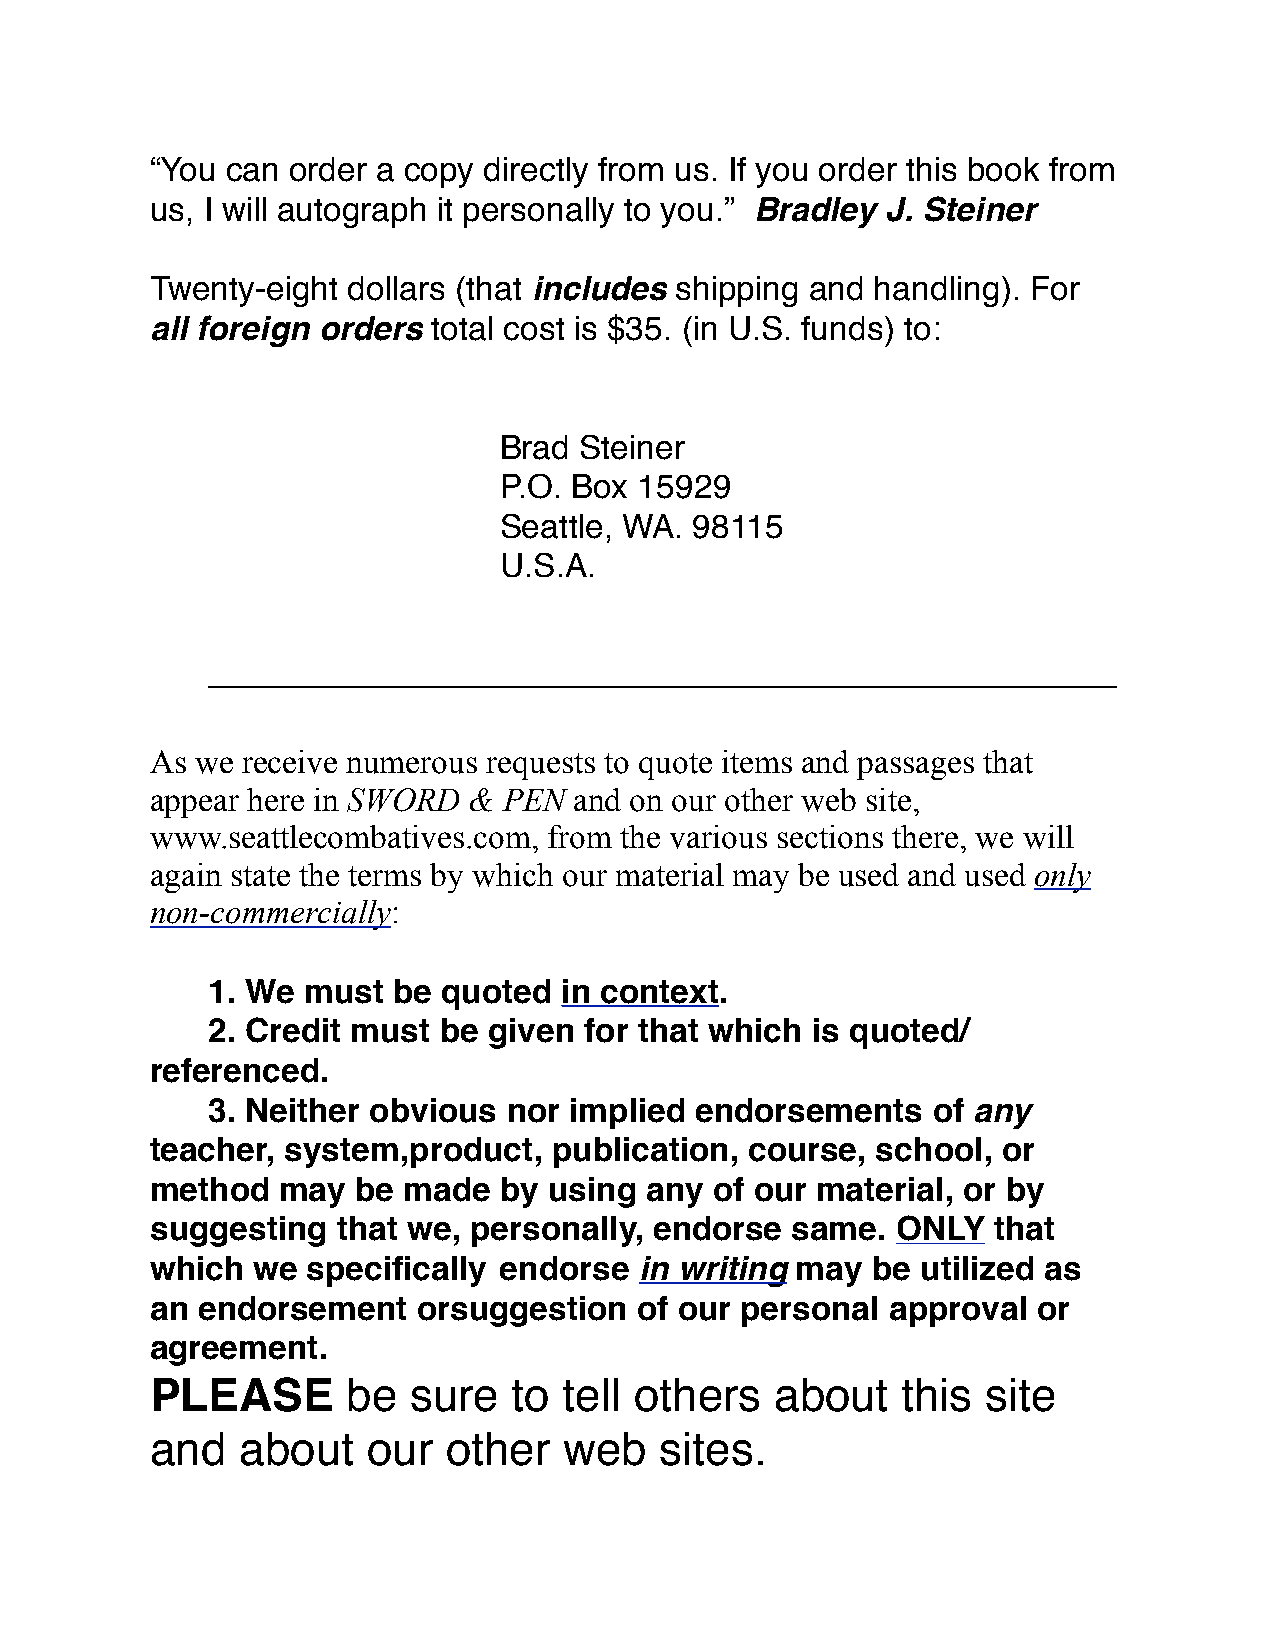
“You can order a copy directly from us. If you order this book from
 us, I will autograph it personally to you.” Bradley J. Steiner
 Twenty-eight dollars (that includes shipping and handling). For
 all foreign orders total cost is $35. (in U.S. funds) to:
 Brad Steiner
 P.O. Box 15929
 Seattle, WA. 98115
 U.S.A.
 –––––––––––––––––––––––––––––––––––––––––––––––––
 As we receive numerous requests to quote items and passages that
 appear here in SWORD & PEN  and on our other web site,
 www.seattlecombatives.com, from the various sections there, we will
 again state the terms by which our material may be used and used only
 non-commercially:
 1. We must  be quoted  in context.
 2. Credit must be given  for that which is quoted/
 referenced.
 3. Neither obvious  nor implied endorsements    of any
 teacher, system,product,   publication, course, school, or
 method   may  be made  by using  any of our material, or by
 suggesting  that we, personally, endorse  same.  ONLY   that
 which  we specifically endorse  in writing may  be utilized as
 an endorsement    orsuggestion  of our personal  approval  or
 agreement.
 PLEASE       be  sure   to tell others   about    this site
 and   about   our   other  web    sites.